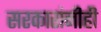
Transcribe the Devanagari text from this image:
सरकारांनीही